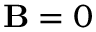
\mathbf { B } = 0